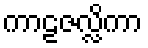
ကာဠဇလ္လိကာ